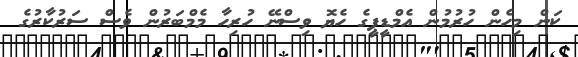
ކަން މިހެން ހުރުމުން އެމްޑީޕީގެ ހެޔޮ ވިސްނޭ ހުރިހާ މެމްބަރުން ވެސް ސަރުކާރުގެ